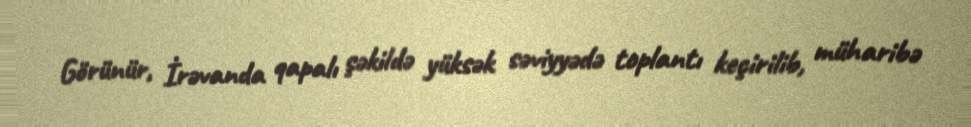
Görünür, İrəvanda qapalı şəkildə yüksək səviyyədə toplantı keçirilib, müharibə